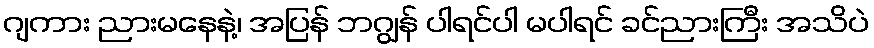
ဂျကား ညားမနေနဲ့၊ အပြန် ဘဂျွန် ပါရင်ပါ မပါရင် ခင်ညားကြီး အသိပဲ